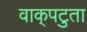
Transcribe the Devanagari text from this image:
वाक्‌पटुता